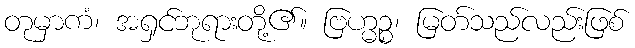
တုမှာကံ၊ အရှင်ဘုရားတို့၏။ ဗြဟ္မဉ္စ၊ မြတ်သည်လည်းဖြစ်